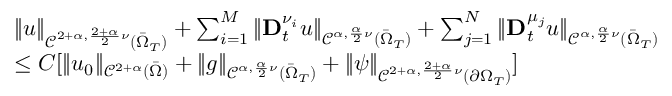
\begin{array} { r l } & { \| u \| _ { \mathcal { C } ^ { 2 + \alpha , \frac { 2 + \alpha } { 2 } \nu } ( \bar { \Omega } _ { T } ) } + \sum _ { i = 1 } ^ { M } \| \mathbf { D } _ { t } ^ { \nu _ { i } } u \| _ { \mathcal { C } ^ { \alpha , \frac { \alpha } { 2 } \nu } ( \bar { \Omega } _ { T } ) } + \sum _ { j = 1 } ^ { N } \| \mathbf { D } _ { t } ^ { \mu _ { j } } u \| _ { \mathcal { C } ^ { \alpha , \frac { \alpha } { 2 } \nu } ( \bar { \Omega } _ { T } ) } } \\ & { \leq C [ \| u _ { 0 } \| _ { \mathcal { C } ^ { 2 + \alpha } ( \bar { \Omega } ) } + \| g \| _ { \mathcal { C } ^ { \alpha , \frac { \alpha } { 2 } \nu } ( \bar { \Omega } _ { T } ) } + \| \psi \| _ { \mathcal { C } ^ { 2 + \alpha , \frac { 2 + \alpha } { 2 } \nu } ( \partial \Omega _ { T } ) } ] } \end{array}